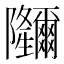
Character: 鿧